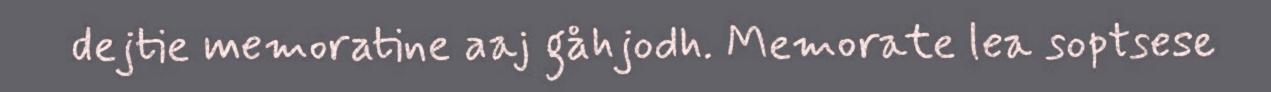
dejtie memoratine aaj gåhjodh. Memorate lea soptsese